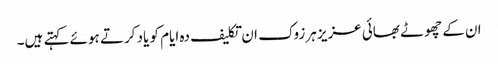
ان کے چھوٹے بھائی عزیز ہرزوک ان تکلیف دہ ایام کو یاد کرتے ہوئے کہتے ہیں۔